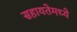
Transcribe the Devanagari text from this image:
सहायतेमध्ये